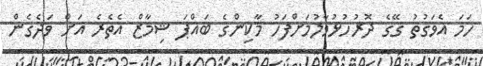
ހަމަ އެވަގުތު ގޭގެ ދޮރުހުޅުވާލުމަށްފަހު މާކިންގެ ބައްޕަ ޝިމާޒް އެތެރެ އަށް ވަދެގެން